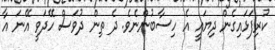
ކުރިފަޅައިގެން ދިޔައީ އެ ހިސާބުންނެވެ. ދެ ތިން ދުވަސް ހޭދަވީ އޭނަ އާ